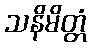
သနိမိတ္တံ